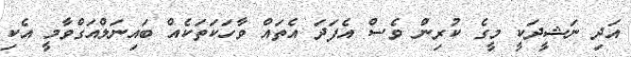
އަދި ނަޝީދަކީ މީގެ ކުރިން ވެސް އެފަދަ އެތައް ވާހަކަތަކެއް ބައިނަލްއަގްވާމީ އެކި